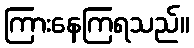
ကြားနေကြရသည်။